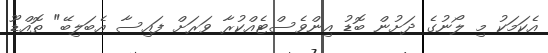
އެކަމަކު މި ލޯނުގެ ދަށުން ބޮޑު އިންވެސްޓެއްކުރާ ވަރަށް ފައިސާ އެބަލިބޭ" ތޮއްޑޫ